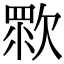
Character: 𣣴